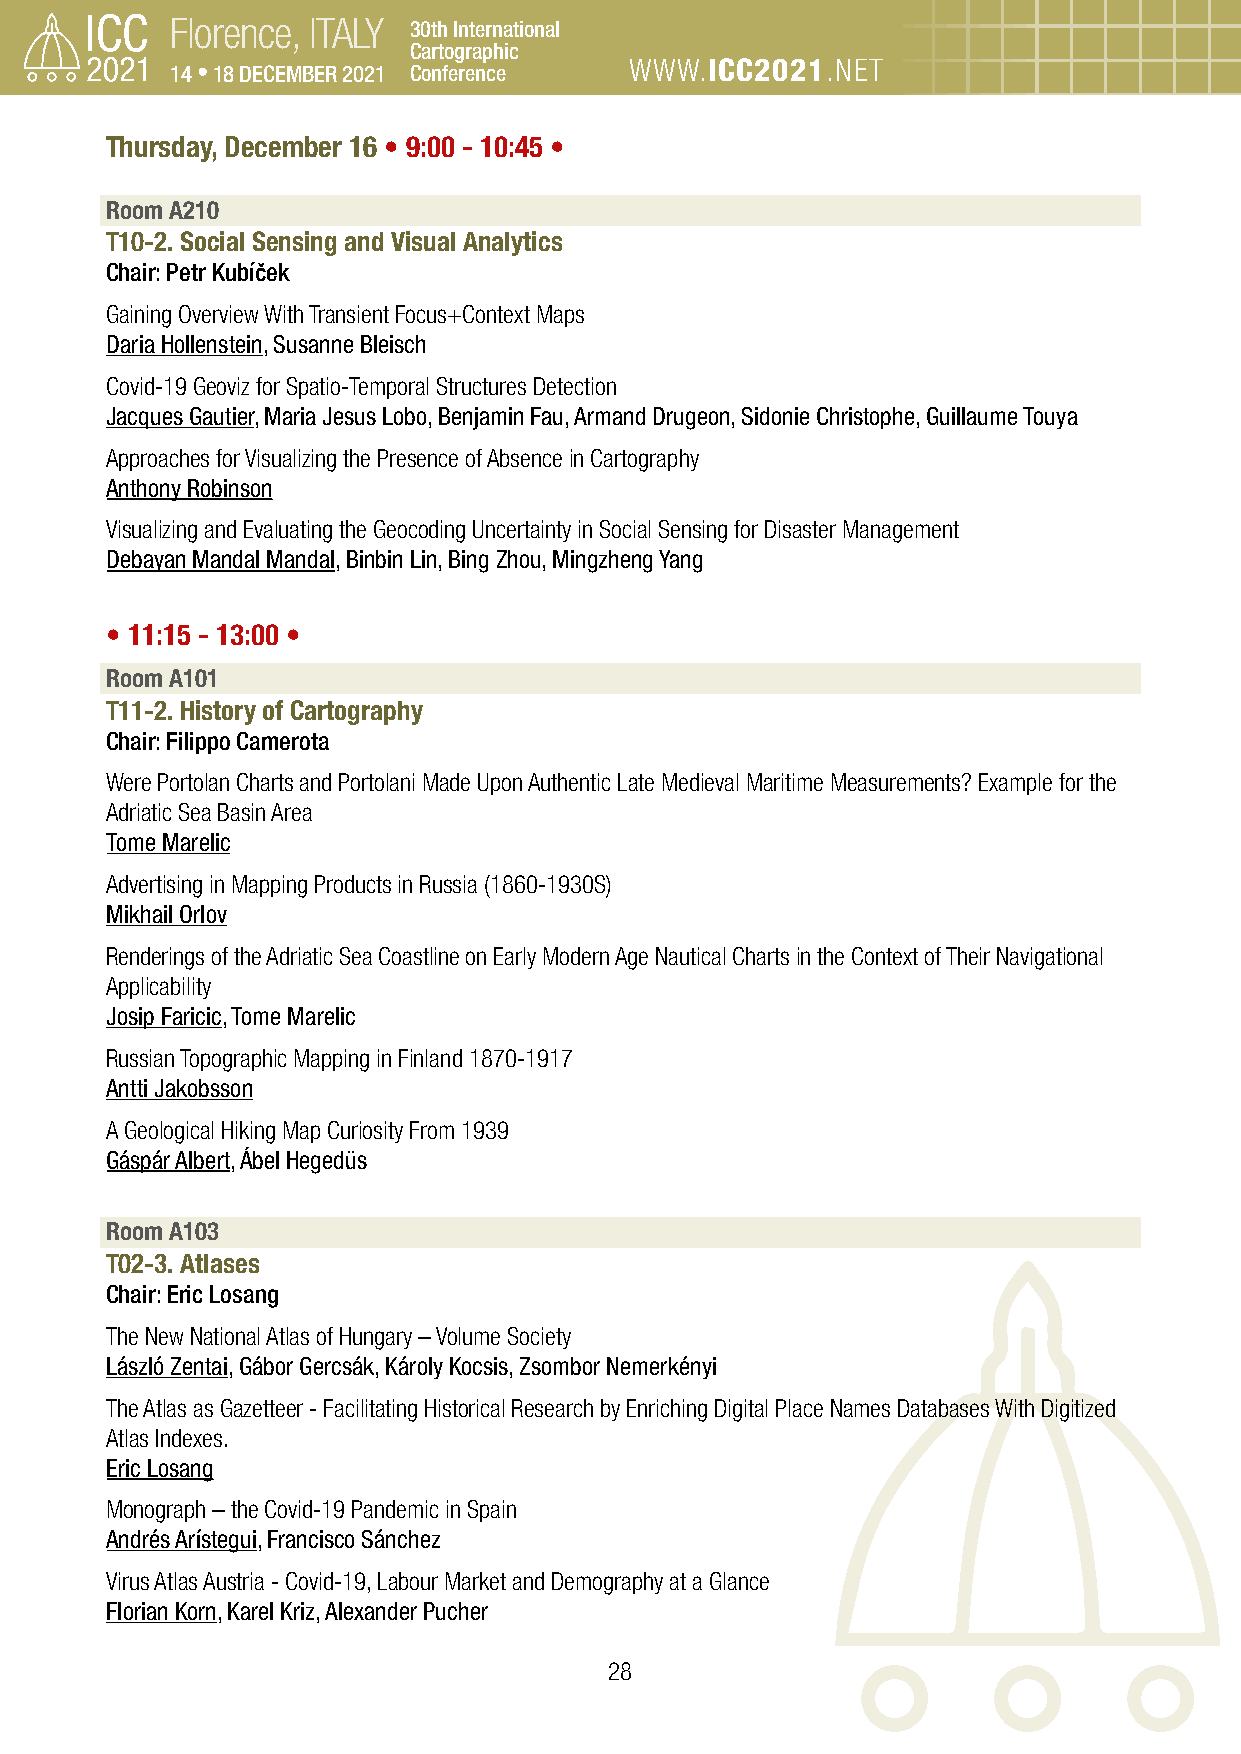
Florence, ITALY 30th International
 Cartographic
 14 • 18 DECEMBER 2021 Conference WWW.ICC2021.NET
 Thursday, December 16 • 9:00 - 10:45 •
 Room A210
 T10-2. Social Sensing and Visual Analytics
 Chair: Petr Kubíček
 Gaining Overview With Transient Focus+Context Maps
 Daria Hollenstein, Susanne Bleisch
 Covid-19 Geoviz for Spatio-Temporal Structures Detection
 Jacques Gautier, Maria Jesus Lobo, Benjamin Fau, Armand Drugeon, Sidonie Christophe, Guillaume Touya
 Approaches for Visualizing the Presence of Absence in Cartography
 Anthony Robinson
 Visualizing and Evaluating the Geocoding Uncertainty in Social Sensing for Disaster Management
 Debayan Mandal Mandal, Binbin Lin, Bing Zhou, Mingzheng Yang
 • 11:15 - 13:00 •
 Room A101
 T11-2. History of Cartography
 Chair: Filippo Camerota
 Were Portolan Charts and Portolani Made Upon Authentic Late Medieval Maritime Measurements? Example for the
 Adriatic Sea Basin Area
 Tome Marelic
 Advertising in Mapping Products in Russia (1860-1930S)
 Mikhail Orlov
 Renderings of the Adriatic Sea Coastline on Early Modern Age Nautical Charts in the Context of Their Navigational
 Applicability
 Josip Faricic, Tome Marelic
 Russian Topographic Mapping in Finland 1870-1917
 Antti Jakobsson
 A Geological Hiking Map Curiosity From 1939
 Gáspár Albert, Ábel Hegedüs
 Room A103
 T02-3. Atlases
 Chair: Eric Losang
 The New National Atlas of Hungary – Volume Society
 László Zentai, Gábor Gercsák, Károly Kocsis, Zsombor Nemerkényi
 The Atlas as Gazetteer - Facilitating Historical Research by Enriching Digital Place Names Databases With Digitized
 Atlas Indexes.
 Eric Losang
 Monograph – the Covid-19 Pandemic in Spain
 Andrés Arístegui, Francisco Sánchez
 Virus Atlas Austria - Covid-19, Labour Market and Demography at a Glance
 Florian Korn, Karel Kriz, Alexander Pucher
 28